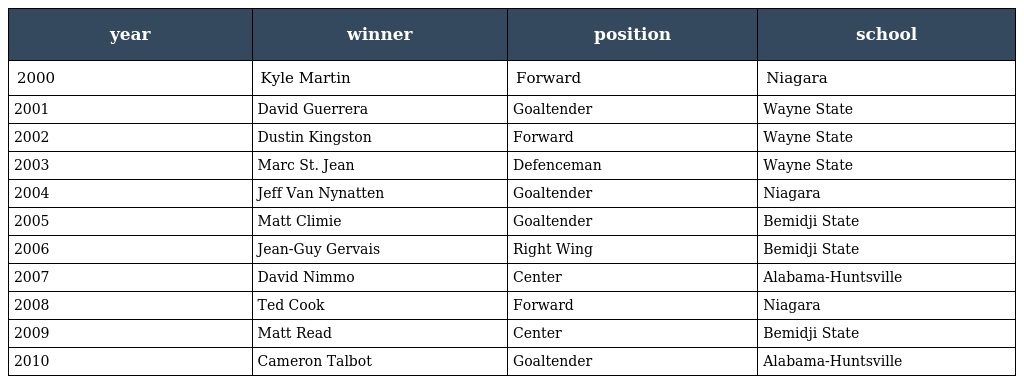
| year | winner | position | school |
 | --- | --- | --- | --- |
 | 2000 | Kyle Martin | Forward | Niagara |
 | 2001 | David Guerrera | Goaltender | Wayne State |
 | 2002 | Dustin Kingston | Forward | Wayne State |
 | 2003 | Marc St. Jean | Defenceman | Wayne State |
 | 2004 | Jeff Van Nynatten | Goaltender | Niagara |
 | 2005 | Matt Climie | Goaltender | Bemidji State |
 | 2006 | Jean-Guy Gervais | Right Wing | Bemidji State |
 | 2007 | David Nimmo | Center | Alabama-Huntsville |
 | 2008 | Ted Cook | Forward | Niagara |
 | 2009 | Matt Read | Center | Bemidji State |
 | 2010 | Cameron Talbot | Goaltender | Alabama-Huntsville |